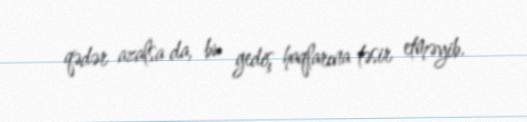
qədər azalsa da, bu gediş haqlarına təsir etməyib.